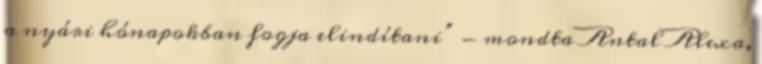
a nyári hónapokban fogja elindítani” - mondta Antal Alexa,